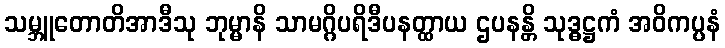
သမ္ဘူတောတိအာဒီသု ဘုမ္မာနိ သာမဂ္ဂိပရိဒီပနတ္ထာယ ဌပနန္တိ သုဒ္ဓဋ္ဌကံ အဝိကပ္ပနံ